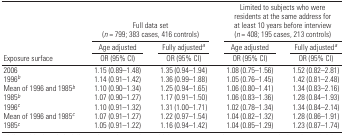
<table><thead><tr><td></td><td colspan="2"><b>Full data set (<i>n</i> = 799; 383 cases, 416 controls)</b></td><td colspan="2"><b>Limited to subjects who were residents at the same address for at least 10 years before interview (<i>n</i> = 408; 195 cases, 213 controls)</b></td></tr><tr><td></td><td><b>Age adjusted</b></td><td><b>Fully adjusteda</b></td><td><b>Age adjusted</b></td><td><b>Fully adjusteda</b></td></tr><tr><td><b>Exposure surface</b></td><td><b>OR (95% CI)</b></td><td><b>OR (95% CI)</b></td><td><b>OR (95% CI)</b></td><td><b>OR (95% CI)</b></td></tr></thead><tbody><tr><td>2006</td><td>1.15 (0.89–1.48)</td><td>1.35 (0.94–1.94)</td><td>1.08 (0.75–1.56)</td><td>1.52 (0.82–2.81)</td></tr><tr><td>1996b</td><td>1.14 (0.91–1.42)</td><td>1.36 (0.99–1.88)</td><td>1.05 (0.76–1.45)</td><td>1.42 (0.81–2.48)</td></tr><tr><td>Mean of 1996 and 1985b</td><td>1.10 (0.90–1.34)</td><td>1.25 (0.94–1.65)</td><td>1.06 (0.80–1.41)</td><td>1.34 (0.83–2.16)</td></tr><tr><td>1985b</td><td>1.07 (0.90–1.27)</td><td>1.17 (0.91–1.50)</td><td>1.06 (0.83–1.36)</td><td>1.28 (0.84–1.93)</td></tr><tr><td>1996c</td><td>1.10 (0.91–1.32)</td><td>1.31 (1.00–1.71)</td><td>1.02 (0.78–1.34)</td><td>1.34 (0.84–2.14)</td></tr><tr><td>Mean of 1996 and 1985c</td><td>1.07 (0.91–1.27)</td><td>1.22 (0.97–1.54)</td><td>1.04 (0.82–1.32)</td><td>1.28 (0.86–1.91)</td></tr><tr><td>1985c</td><td>1.05 (0.91–1.22)</td><td>1.16 (0.94–1.42)</td><td>1.04 (0.85–1.29)</td><td>1.23 (0.87–1.74)</td></tr></tbody></table>